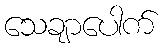
သေချာပေါက်